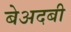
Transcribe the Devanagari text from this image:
बेअदबी